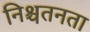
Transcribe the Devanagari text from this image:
निश्चतनता